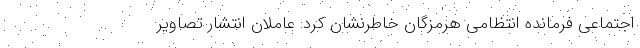
اجتماعی فرمانده انتظامی هرمزگان خاطرنشان کرد: عاملان انتشار تصاویر